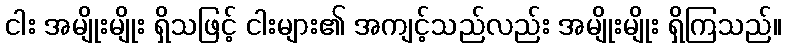
ငါး အမျိုးမျိုး ရှိသဖြင့် ငါးများ၏ အကျင့်သည်လည်း အမျိုးမျိုး ရှိကြသည်။